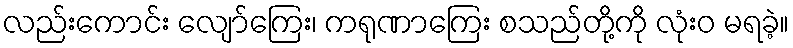
လည်းကောင်း လျော်ကြေး၊ ကရုဏာကြေး စသည်တို့ကို လုံးဝ မရခဲ့။